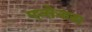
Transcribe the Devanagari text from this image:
एन्सेनाडा